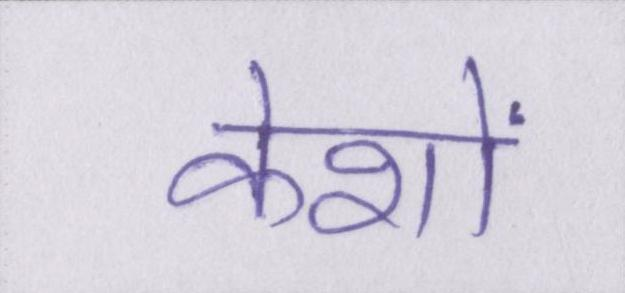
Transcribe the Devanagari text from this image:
केशों